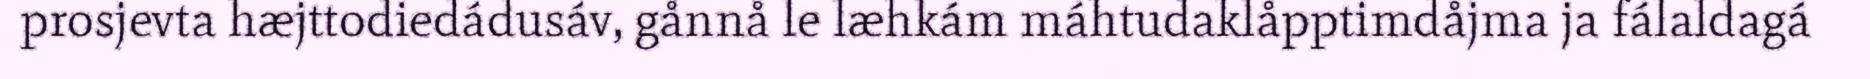
prosjevta hæjttodiedádusáv, gånnå le læhkám máhtudaklåpptimdåjma ja fálaldagá